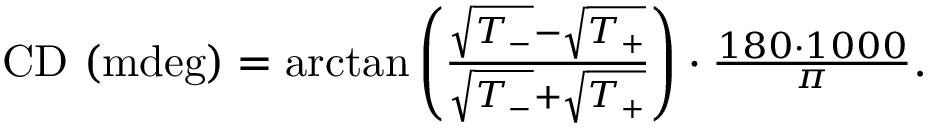
\begin{array} { r } { \mathrm { C D \ ( m d e g ) } = \arctan \left( \frac { \sqrt { T _ { - } } - \sqrt { T _ { + } } } { \sqrt { T _ { - } } + \sqrt { T _ { + } } } \right) \cdot \frac { 1 8 0 \cdot 1 0 0 0 } { \pi } \mathrm { . } } \end{array}